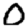
Digit: 0